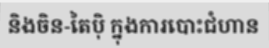
និងចិន-តៃប៉ិ ក្នុងការបោះជំហាន